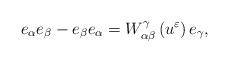
\begin{align*}e_{\alpha }e_{\beta }-e_{\beta }e_{\alpha }=W_{\alpha \beta }^{\gamma}\left( u^{\varepsilon }\right) e_{\gamma }, \end{align*}